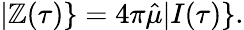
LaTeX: |\mathbb{Z}(\tau)\} =4\pi\hat{{\mu}}|I(\tau)\} .